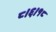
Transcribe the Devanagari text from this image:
८।६।१८